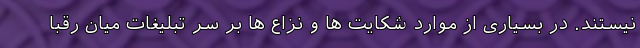
نیستند. در بسیاری از موارد شکایت ها و نزاع ها بر سر تبلیغات میان رقبا